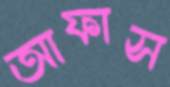
আফাস